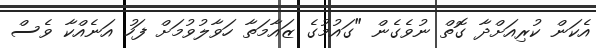
އެކަން ކުރިއަށްދާ ގޮތް ނުވެގެން "ގައުމުގެ ޒައާމަތާ ހަވާލުވުމަށް ފަހު އަނެއްކާ ވެސް